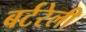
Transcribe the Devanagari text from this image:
बर्टरेली